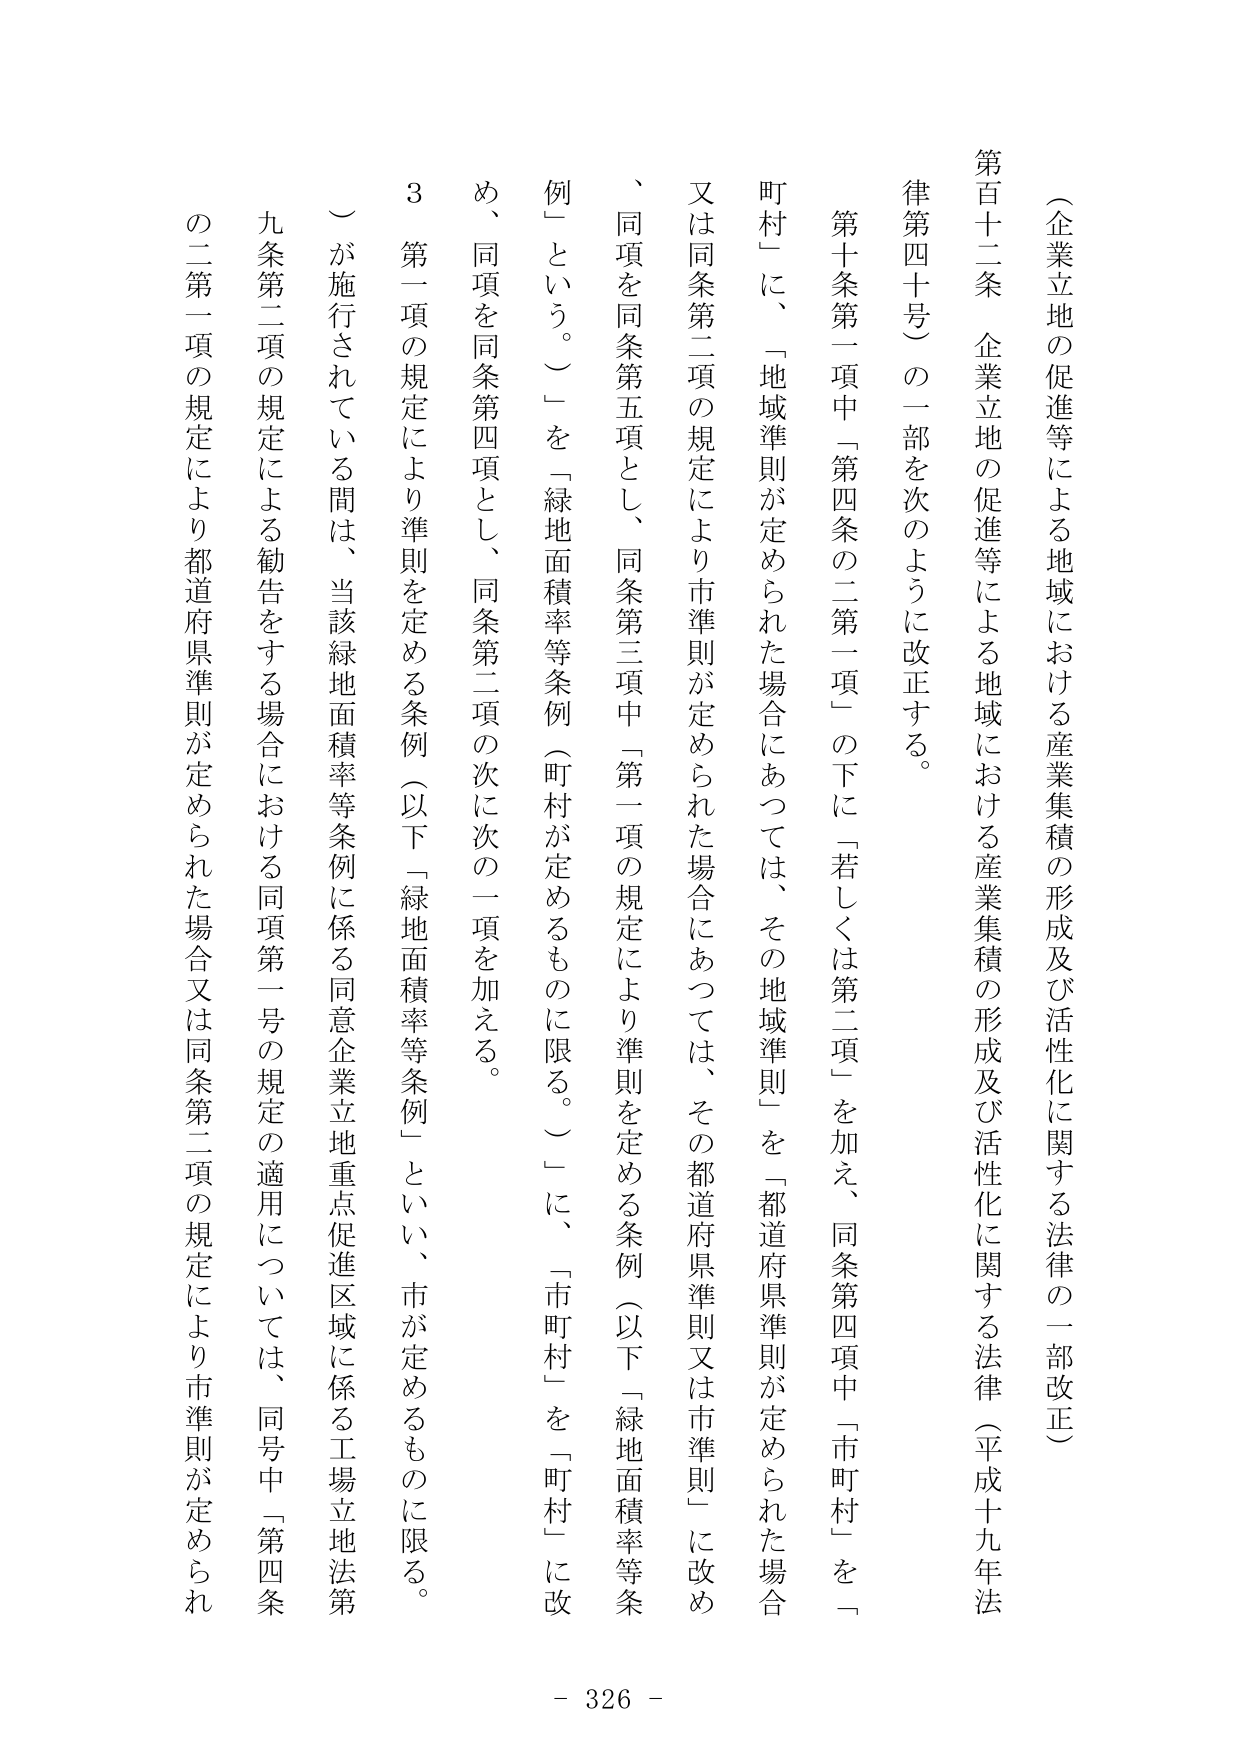
（企業立地の促進等による地域における産業集積の形成及び活性化に関する法律の一部改正）

第百十二条 企業立地の促進等による地域における産業集積の形成及び活性化に関する法律（平成十九年法律第四十号）の一部を次のように改正する。

第十条第一項中「第四条の二第一項」の下に「若しくは第二項」を加え、同条第四項中「市町村」を「町村」に、「地域準則が定められた場合にあっては、その地域準則」を「都道府県準則が定められた場合又は同条第二項の規定により市準則が定められた場合にあっては、その都道府県準則又は市準則」に改め、同項を同条第五項とし、同条第三項中「第一項の規定により準則を定める条例（以下「緑地面積率等条例（町村が定めるものに限る。）」に、「市町村」を「町村」に改め、同項を同条第四項とし、同条第二項の次に次の一项を加える。

３ 第一項の規定により準則を定める条例（以下「緑地面積率等条例」といい、市が定めるものに限る。）が施行されている間は、当該緑地面積率等条例に係る同意企業立地重点促進区域に係る工場立地法第九条第二項の規定による勧告をする場合における同項第一号の規定の適用については、同号中「第四条の二第一項の規定により都道府県準則が定められた場合又は同条第二項の規定により市準則が定められた場合」

- 326 -